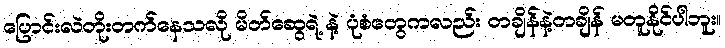
ပြောင်းလဲတိုးတက်နေသလို မိတ်ဆွေရဲ့ နဲ့ ပုံစံတွေကလည်း တချိန်နဲ့တချိန် မတူနိုင်ပါဘူး။